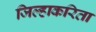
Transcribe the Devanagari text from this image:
जिल्हाकरिता